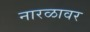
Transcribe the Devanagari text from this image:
नारळावर